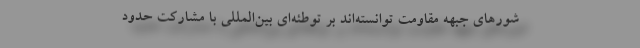
شورهای جبهه مقاومت توانسته‌اند بر توطئه‌ای بین‌المللی با مشارکت حدود